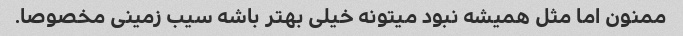
ممنون اما مثل همیشه نبود میتونه خیلی بهتر باشه سیب زمینی مخصوصا.